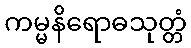
ကမ္မနိရောဓသုတ္တံ